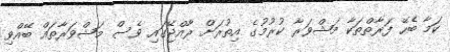
ކަމާ ބެހޭ ފަރާތްތަކާ މަޝްވަރާ ކުރުމުގެ އިތުރަށް ރާއްޖޭގައި ވެސް މަޝްވަރާތައް ބޭއްވި